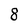
Character: 8